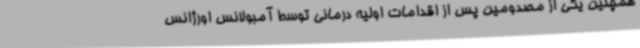
همچنین یکی از مصدومین پس از اقدامات اولیه درمانی توسط آمبولانس اورژانس